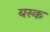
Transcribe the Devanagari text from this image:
यस्क